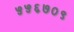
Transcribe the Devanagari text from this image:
५५६७०९